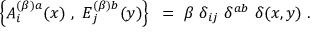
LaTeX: \left\{ A _ { i } ^ { ( \beta ) a } ( x ) ~ , ~ E _ { j } ^ { ( \beta ) b } ( y ) \right\} ~ = ~ \beta ~ \delta _ { i j } ~ \delta ^ { a b } ~ \delta ( x , y ) ~ .